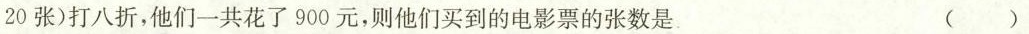
20张)打八折，他们一共花了900元，则他们买到的电影票的张数是( )